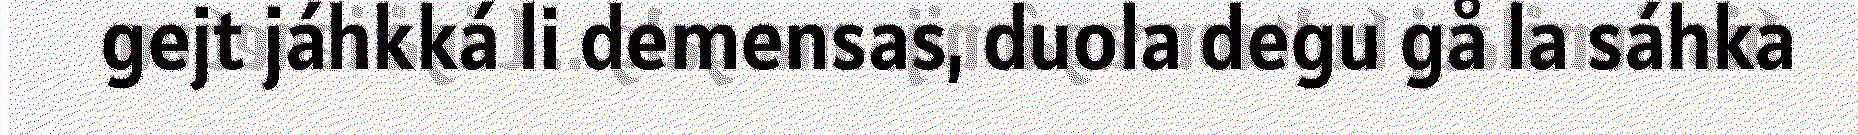
gejt jáhkká li demensas, duola degu gå la sáhka